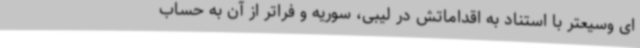
ای وسیعتر با استناد به اقداماتش در لیبی، سوریه و فراتر از آن به حساب